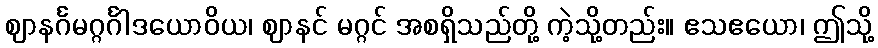
ဈာနင်္ဂမဂ္ဂင်္ဂါဒယောဝိယ၊ ဈာနင် မဂ္ဂင် အစရှိသည်တို့ ကဲ့သို့တည်း။ ဧသဧယော၊ ဤသို့